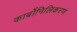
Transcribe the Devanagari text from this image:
कार्बोनिलिकरण